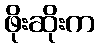
ဖိုးဆိုးက